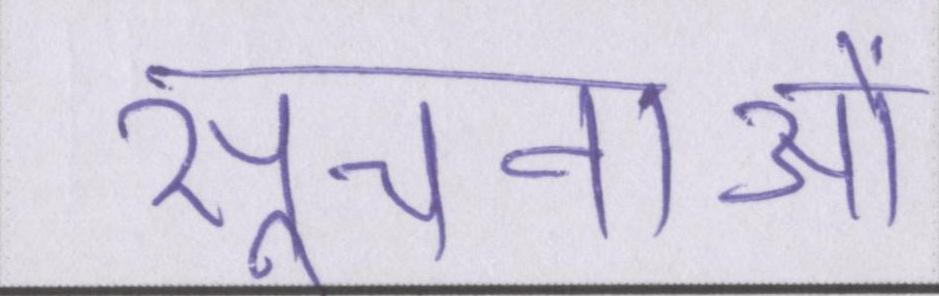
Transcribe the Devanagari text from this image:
सूचनाओं